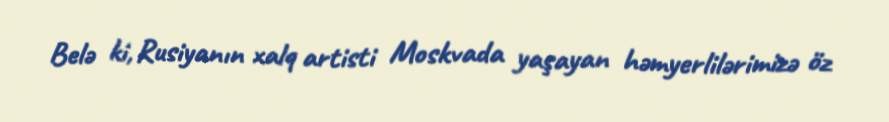
Belə ki, Rusiyanın xalq artisti Moskvada yaşayan həmyerlilərimizə öz